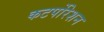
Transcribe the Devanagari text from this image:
कटर्पोरेशन